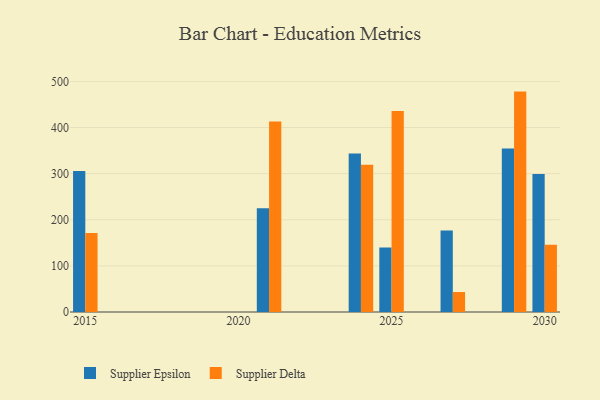
{"axis": {"x": "Year", "y": "Waste Production (Tons)"}, "legend": ["Supplier Delta", "Supplier Epsilon"], "data": [{"x": "2021", "y": 224.9, "type": "Supplier Epsilon"}, {"x": "2021", "y": 413.3, "type": "Supplier Delta"}, {"x": "2027", "y": 176.5, "type": "Supplier Epsilon"}, {"x": "2027", "y": 43.3, "type": "Supplier Delta"}, {"x": "2029", "y": 354.3, "type": "Supplier Epsilon"}, {"x": "2029", "y": 477.9, "type": "Supplier Delta"}, {"x": "2025", "y": 140.0, "type": "Supplier Epsilon"}, {"x": "2025", "y": 435.8, "type": "Supplier Delta"}, {"x": "2015", "y": 305.5, "type": "Supplier Epsilon"}, {"x": "2015", "y": 171.5, "type": "Supplier Delta"}, {"x": "2030", "y": 299.2, "type": "Supplier Epsilon"}, {"x": "2030", "y": 145.7, "type": "Supplier Delta"}, {"x": "2024", "y": 343.8, "type": "Supplier Epsilon"}, {"x": "2024", "y": 319.4, "type": "Supplier Delta"}]}